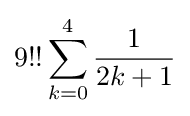
9!!\sum _{k=0}^{4}{\frac {1}{2k+1}}